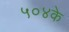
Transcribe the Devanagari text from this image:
५०४के